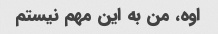
اوه، من به این مهم نیستم